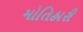
મોતિહારી